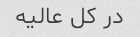
در کل عالیه